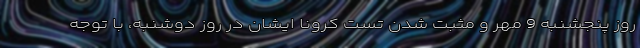
روز پنجشنبه 9 مهر و مثبت شدن تست کرونا ایشان در روز دوشنبه، با توجه